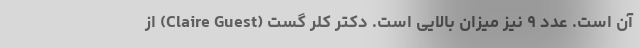
آن است. عدد ۹ نیز میزان بالایی است. دکتر کلر گست (Claire Guest) از